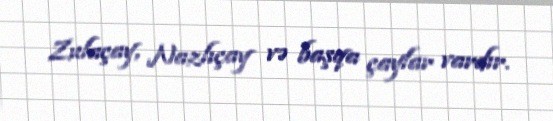
Zulaçay, Nazlıçay və başqa çaylar vardır.